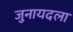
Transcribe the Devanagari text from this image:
जुनायदला